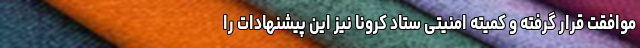
موافقت قرار گرفته و کمیته امنیتی ستاد کرونا نیز این پیشنهادات را